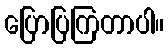
ပြောပြကြတာပါ။